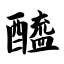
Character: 醯